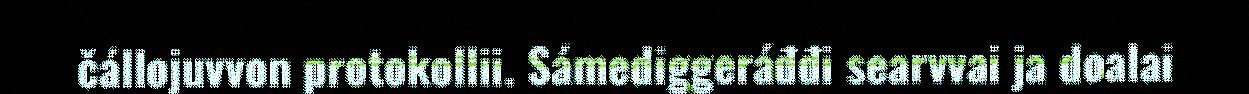
čállojuvvon protokollii. Sámediggeráđđi searvvai ja doalai